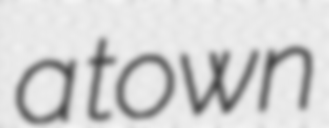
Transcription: a town